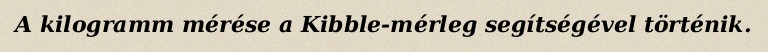
A kilogramm mérése a Kibble-mérleg segítségével történik.